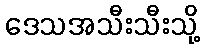
ဒေသအသီးသီးသို့